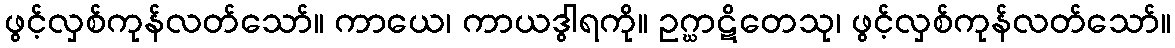
ဖွင့်လှစ်ကုန်လတ်သော်။ ကာယေ၊ ကာယဒွါရကို။ ဥဂ္ဃာဋိတေသု၊ ဖွင့်လှစ်ကုန်လတ်သော်။